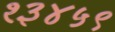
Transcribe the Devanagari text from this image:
१३४५९